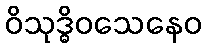
ဝိသုဒ္ဓိဝသေနေဝ